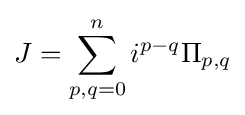
J=\sum _{p,q=0}^{n}i^{p-q}\Pi _{p,q}